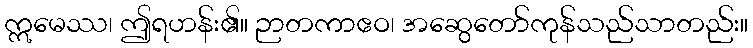
ဣမေဿ၊ ဤရဟန်း၏။ ဉာတကာဧဝ၊ အဆွေတော်ကုန်သည်သာတည်း။